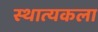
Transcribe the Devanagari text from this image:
स्थात्यकला